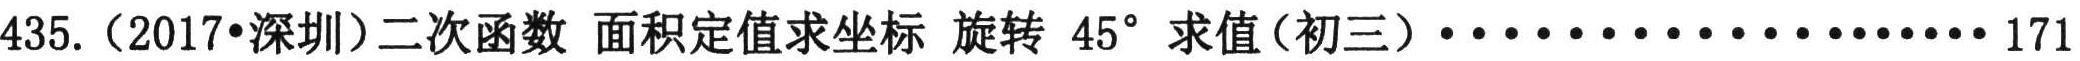
435.（2017•深圳）二次函数 面积定值求坐标 旋转 \(45^{\circ}\) 求值（初三）························171